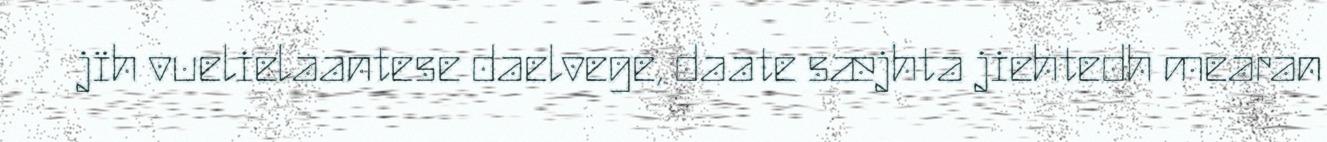
jïh vuelielaantese daelvege, daate sæjhta jiehtedh mearan